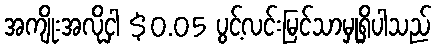
အကျိုးအလိုငှါ $0.05 ပွင့်လင်းမြင်သာမှုရှိပါသည်